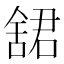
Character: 𬜋